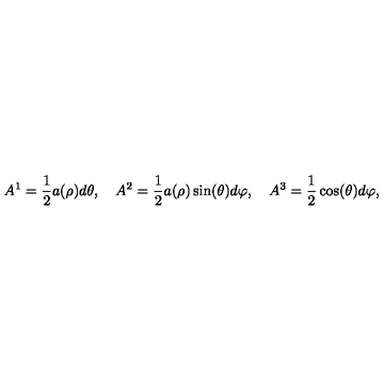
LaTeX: A ^ { 1 } = { \frac { 1 } { 2 } } a ( \rho ) d \theta , \quad A ^ { 2 } = { \frac { 1 } { 2 } } a ( \rho ) \sin ( \theta ) d \varphi , \quad A ^ { 3 } = { \frac { 1 } { 2 } } \cos ( \theta ) d \varphi ,